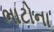
ભાટોના